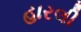
હારલી